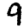
Digit: 9